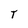
Character: T